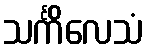
သင်္ကိလေသံ